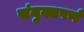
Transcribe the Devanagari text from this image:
संयुक्तपर्ण